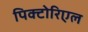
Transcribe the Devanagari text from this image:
पिक्टोरिएल